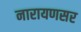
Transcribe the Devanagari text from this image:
नारायणसर